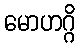
မောဟဂ္ဂိ